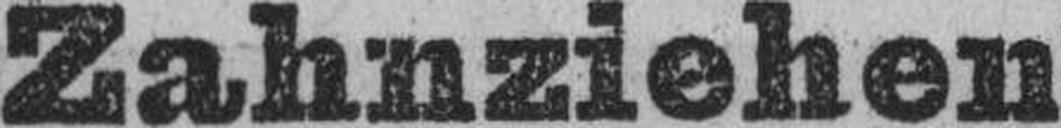
Zahnziehen